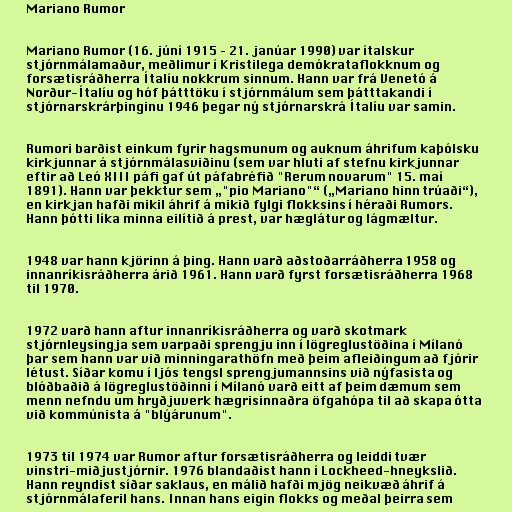
Mariano Rumor

Mariano Rumor (16. júní 1915 – 21. janúar 1990) var ítalskur
stjórnmálamaður, meðlimur í Kristilega demókrataflokknum og
forsætisráðherra Ítalíu nokkrum sinnum. Hann var frá Venetó á
Norður-Ítalíu og hóf þátttöku í stjórnmálum sem þátttakandi í
stjórnarskrárþinginu 1946 þegar ný stjórnarskrá Ítalíu var samin.

Rumori barðist einkum fyrir hagsmunum og auknum áhrifum kaþólsku
kirkjunnar á stjórnmálasviðinu (sem var hluti af stefnu kirkjunnar
eftir að Leó XIII páfi gaf út páfabréfið "Rerum novarum" 15. maí
1891). Hann var þekktur sem „"pio Mariano"“ („Mariano hinn trúaði“),
en kirkjan hafði mikil áhrif á mikið fylgi flokksins í héraði Rumors.
Hann þótti líka minna eilítið á prest, var hæglátur og lágmæltur.

1948 var hann kjörinn á þing. Hann varð aðstoðarráðherra 1958 og
innanríkisráðherra árið 1961. Hann varð fyrst forsætisráðherra 1968
til 1970.

1972 varð hann aftur innanríkisráðherra og varð skotmark
stjórnleysingja sem varpaði sprengju inn í lögreglustöðina í Mílanó
þar sem hann var við minningarathöfn með þeim afleiðingum að fjórir
létust. Síðar komu í ljós tengsl sprengjumannsins við nýfasista og
blóðbaðið á lögreglustöðinni í Mílanó varð eitt af þeim dæmum sem
menn nefndu um hryðjuverk hægrisinnaðra öfgahópa til að skapa ótta
við kommúnista á "blýárunum".

1973 til 1974 var Rumor aftur forsætisráðherra og leiddi tvær
vinstri-miðjustjórnir. 1976 blandaðist hann í Lockheed-hneykslið.
Hann reyndist síðar saklaus, en málið hafði mjög neikvæð áhrif á
stjórnmálaferil hans. Innan hans eigin flokks og meðal þeirra sem